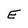
Character: E